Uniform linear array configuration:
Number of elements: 16
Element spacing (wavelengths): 0.5
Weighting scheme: hamming
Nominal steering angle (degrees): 15
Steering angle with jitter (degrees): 16.218
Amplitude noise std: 0.05
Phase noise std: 0.05

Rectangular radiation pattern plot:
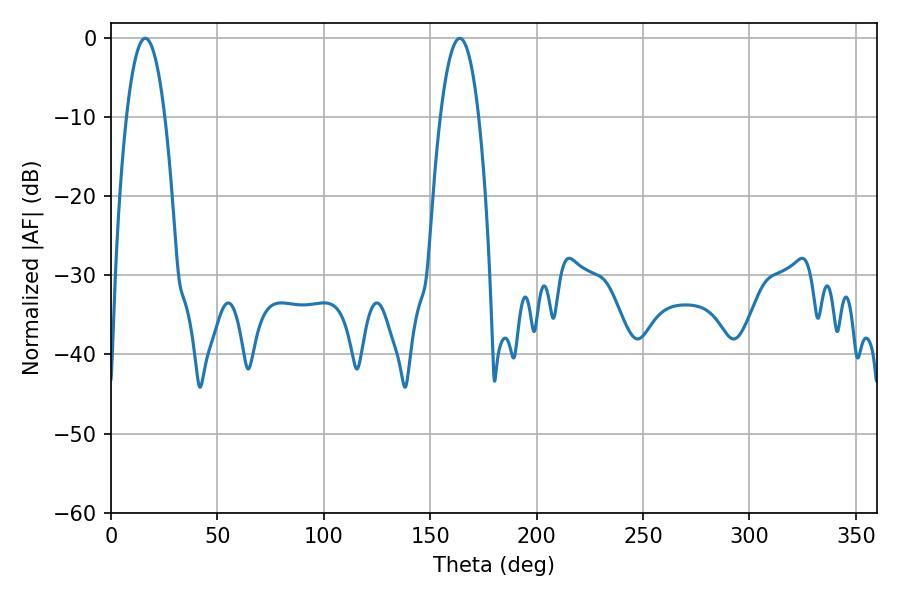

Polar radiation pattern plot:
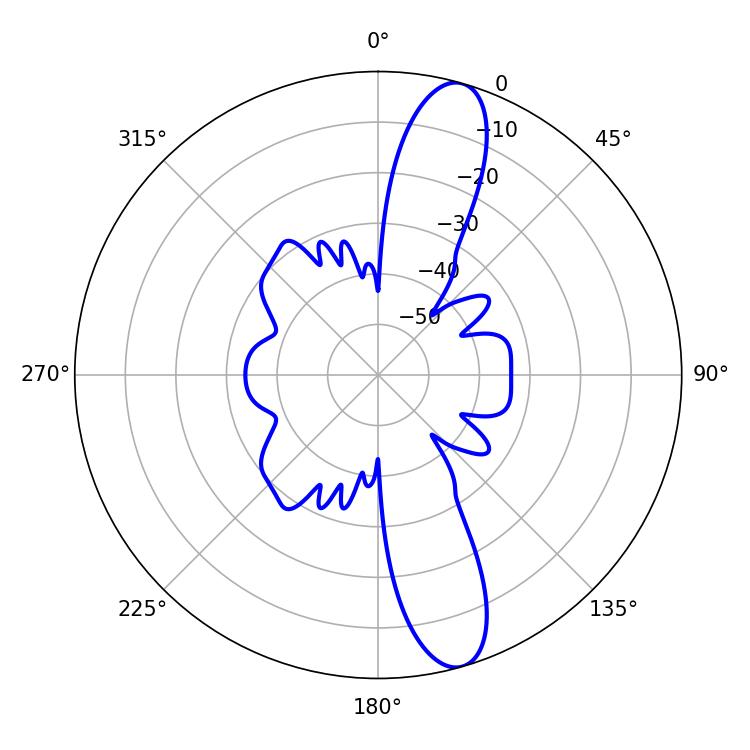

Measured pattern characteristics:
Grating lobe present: FALSE
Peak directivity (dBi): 12.873
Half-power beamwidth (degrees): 9.9
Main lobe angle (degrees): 16.2